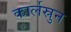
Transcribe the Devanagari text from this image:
कार्लस्रुन